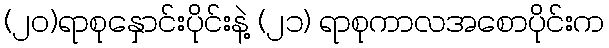
(၂၀)ရာစုနှောင်းပိုင်းနဲ့ (၂၁) ရာစုကာလအစောပိုင်းက